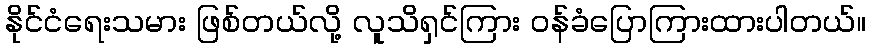
နိုင်ငံရေးသမား ဖြစ်တယ်လို့ လူသိရှင်ကြား ဝန်ခံပြောကြားထားပါတယ်။